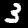
Digit: 3